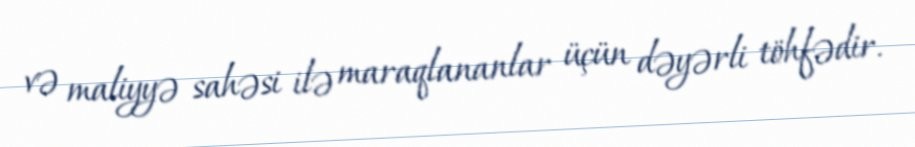
və maliyyə sahəsi ilə maraqlananlar üçün dəyərli töhfədir.